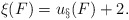
\begin{align*}\xi(F) = u_\S(F) +2.\end{align*}